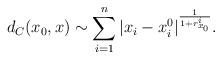
LaTeX: \begin{align*} d_C(x_0,x) \sim \sum _{i=1}^n |x_i-x_i^0|^\frac{1}{1+r^i_{x_0}} . \end{align*}